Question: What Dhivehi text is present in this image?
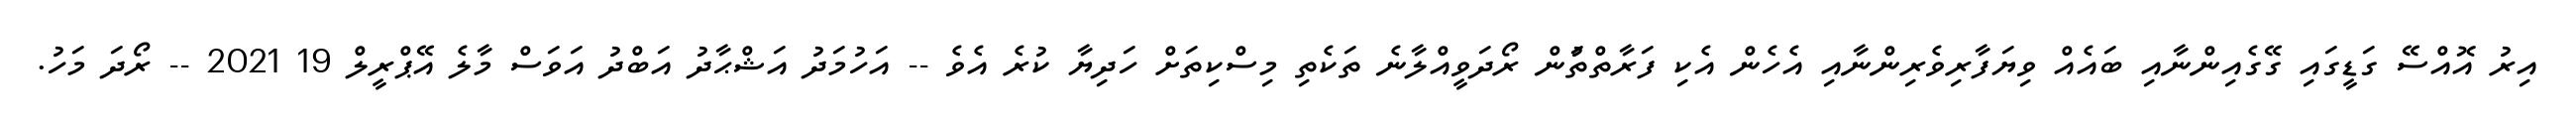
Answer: އިރު އޮއްސޭ ގަޑީގައި ގޭގެއިންނާއި ބައެއް ވިޔަފާރިވެރިންނާއި އެހެން އެކި ފަރާތްތަުން ރޯދަވީއްލާނެ ތަކެތި މިސްކިތަށް ހަދިޔާ ކުރެ އެވެ -- އަހުމަދު އަޝްޙާދު އަބްދު އަވަސް މާލެ އޭޕްރީލް 19 2021 -- ރޯދަ މަހު.